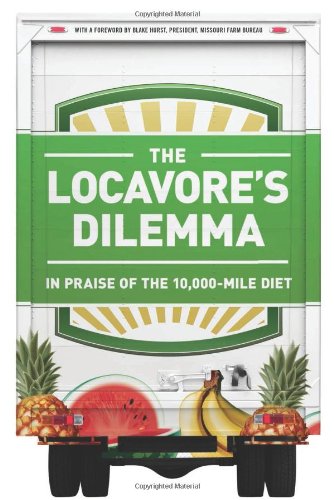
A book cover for The Locavore's Dilemma: In Praise of the 10,000-mile Diet; Pierre Desrochers; Science & Math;